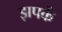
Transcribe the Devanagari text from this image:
झपकें